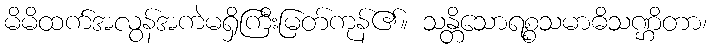
မိမိထက်အလွန်အကဲမရှိကြီးမြတ်ကုန်၏။ သန္တိသောရစ္စသမာဓိသဏ္ဌိတာ၊